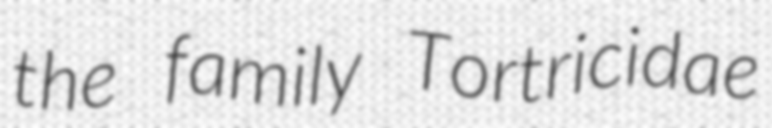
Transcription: the family Tortricidae